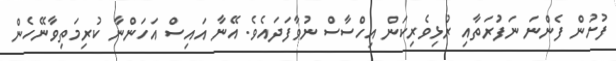
ފުށުން ފެންނަ ނަފުރަތާއި ރުޅިވެރިކަން އިހްސާސް ނުވާފަދައެވެ. އޭނާ އައިސް އަހަންނާ ކުރިމަތިވާނޭހެން